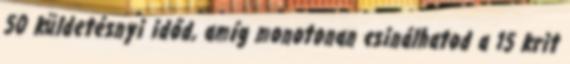
50 küldetésnyi időd, amíg monotonan csinálhatod a 15 krit